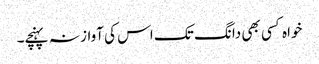
خواہ کسی بھی دانگ تک اس کی آواز نہ پہنچے۔